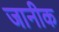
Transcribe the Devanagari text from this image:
जानीक